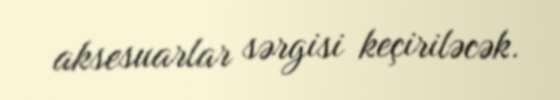
aksesuarlar sərgisi keçiriləcək.